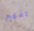
اتفهم